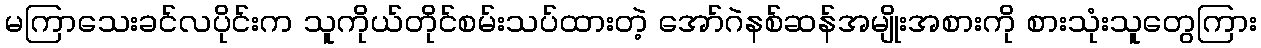
မကြာသေးခင်လပိုင်းက သူကိုယ်တိုင်စမ်းသပ်ထားတဲ့ အော်ဂဲနစ်ဆန်အမျိုးအစားကို စားသုံးသူတွေကြား